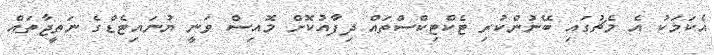
އެކަމަކު އެ މެޗުގައި ބޭނުންކުރި ޓެކްޓިކްސްތައް ދިފާއުކޮށް މޮއިސް ވަނީ ޔުނައިޓެޑްގެ ނަތީޖާތައް